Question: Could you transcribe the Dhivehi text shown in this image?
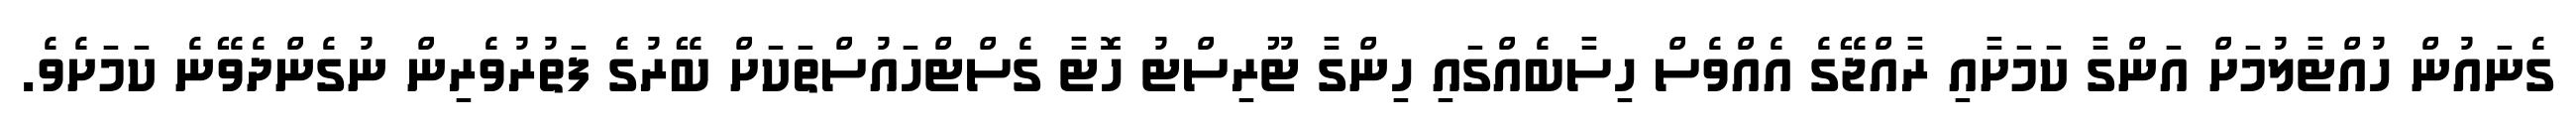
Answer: ގެނައުން ހުއްޓާލުމަށް އަންގާ ކަމަށާއި ރާއްޖޭގެ އެއްވެސް ހިސާބެއްގައި ހިންގާ ޓޫރިސްޓު ހޮޓާ ގެސްޓްހައުސްތަކަށް ބޭރުގެ ފަތުރުވެރިން ނުގެންދެވޭނެ ކަމަށެވެ.